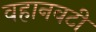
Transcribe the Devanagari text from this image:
वहानवटी